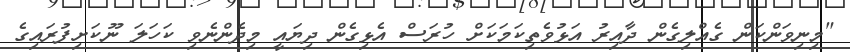
"މިނިވަންކަން ގެއްލިގެން ދާއިރު އަޅުވެތިކަމަކަށް ހުރަސް އެޅިގެން ދިޔައީ މިދެންނެވި ކަހަލަ ނޫކަށިފުރައިގެ